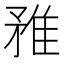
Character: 𨾣